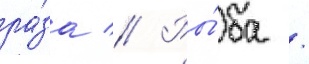
ра́за // Ры́ба /